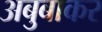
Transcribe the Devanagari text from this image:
अबुबाकर